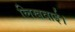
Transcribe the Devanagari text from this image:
लिखवाई।